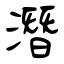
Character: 潛